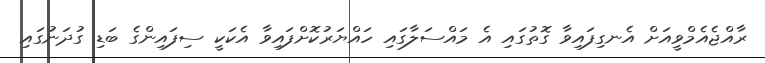
ރާއްޖެއެމްވީއަށް އެނގިފައިވާ ގޮތުގައި އެ މައްސަލާގައި ހައްޔަރުކޮށްފައިވާ އެކަކީ ސިފައިންގެ ބަޑި ގުދަނުގައި